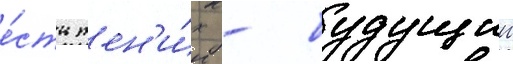
е́сть жен'и́х - будущии